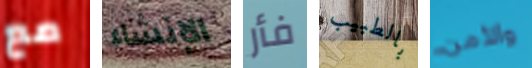
مع الإنشاء فأر بالطبيب والأمن